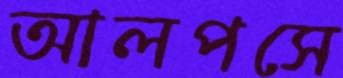
আলপসে